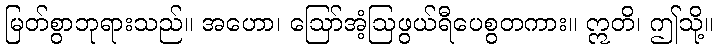
မြတ်စွာဘုရားသည်။ အဟော၊ ဩော်အံ့ဩဖွယ်ရီပေစွတကား။ ဣတိ၊ ဤသို့။